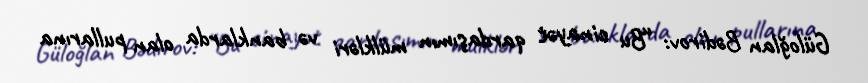
Güloğlan Bədirov: “Bu cinayət qardaşımın mülkləri və banklarda olan pullarına